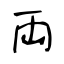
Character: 両